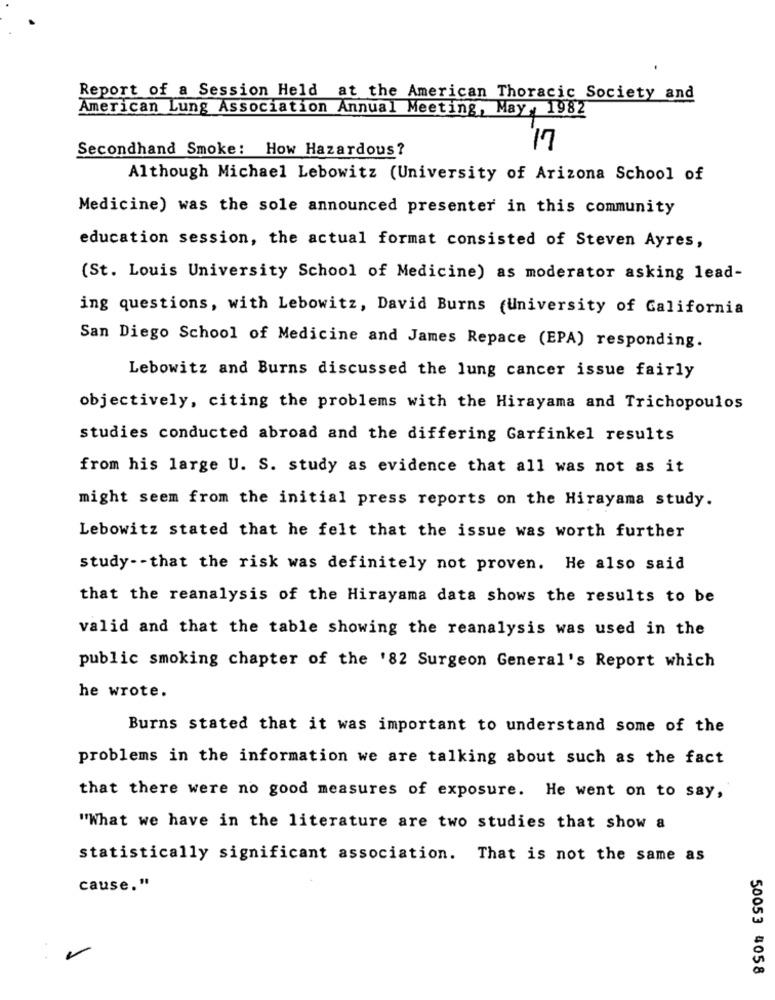
Report of a Session Held at the American Thoracic Society and
American Lung Association Annual Meeting, May , 1982
Secondhand Smoke: How Hazardous?
17
Although Michael Lebowitz (University of Arizona School of
Medicine) was the sole announced presenter in this community
education session, the actual format consisted of Steven Ayres,
(St. Louis University School of Medicine) as moderator asking lead-
ing questions, with Lebowitz, David Burns (university of California
San Diego School of Medicine and James Repace (EPA) responding.
Lebowitz and Burns discussed the lung cancer issue fairly
objectively, citing the problems with the Hirayama and Trichopoulos
studies conducted abroad and the differing Garfinkel results
from his large U. S. study as evidence that all was not as it
might seem from the initial press reports on the Hirayama study.
Lebowitz stated that he felt that the issue was worth further
study -- that the risk was definitely not proven. He also said
that the reanalysis of the Hirayama data shows the results to be
valid and that the table showing the reanalysis was used in the
public smoking chapter of the '82 Surgeon General's Report which
he wrote.
Burns stated that it was important to understand some of the
problems in the information we are talking about such as the fact
that there were no good measures of exposure. He went on to say,
"What we have in the literature are two studies that show a
statistically significant association. That is not the same as
cause."
50053 4058